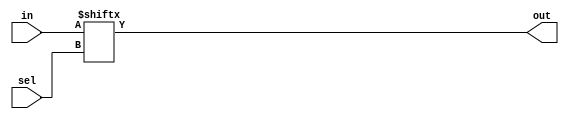
module mux_2to1(in,sel,out);
  input [1:0]in;
  input sel;
  output out;
  
  assign out=in[sel];
  
endmodule

module mux_4to1(in,sel,out);
  input [3:0]in;
  input [1:0]sel;
  output out;
  
  wire [1:0]w;
  
  mux_2to1 m1(.in(in[1:0]),.sel(sel[0]),.out(w[0]));
  mux_2to1 m2(.in(in[3:2]),.sel(sel[0]),.out(w[1]));
  mux_2to1 m3(.in(w[1:0]),.sel(sel[1]),.out(out));
  
endmodule